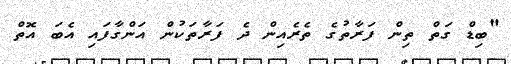
"ބިޑް ގަތް ތިން ފަރާތުގެ ތެރެއިން ދެ ފަރާތަކުން އަންގާފައި އެބަ އޮތް